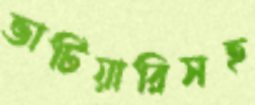
ভাটিয়ারিসহ